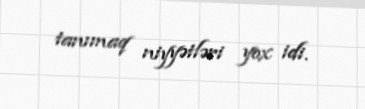
tanımaq niyyətləri yox idi.